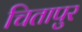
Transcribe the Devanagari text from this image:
चितापुर